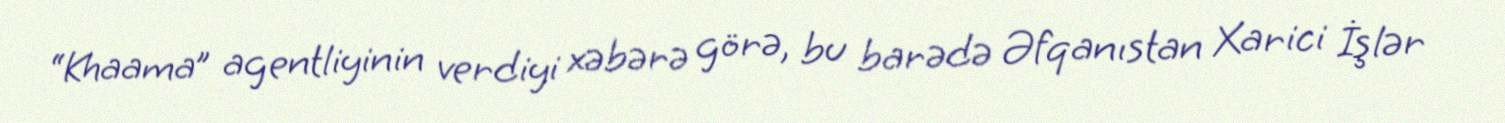
“Khaama” agentliyinin verdiyi xəbərə görə, bu barədə Əfqanıstan Xarici İşlər